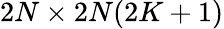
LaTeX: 2N\times 2N(2K+1)